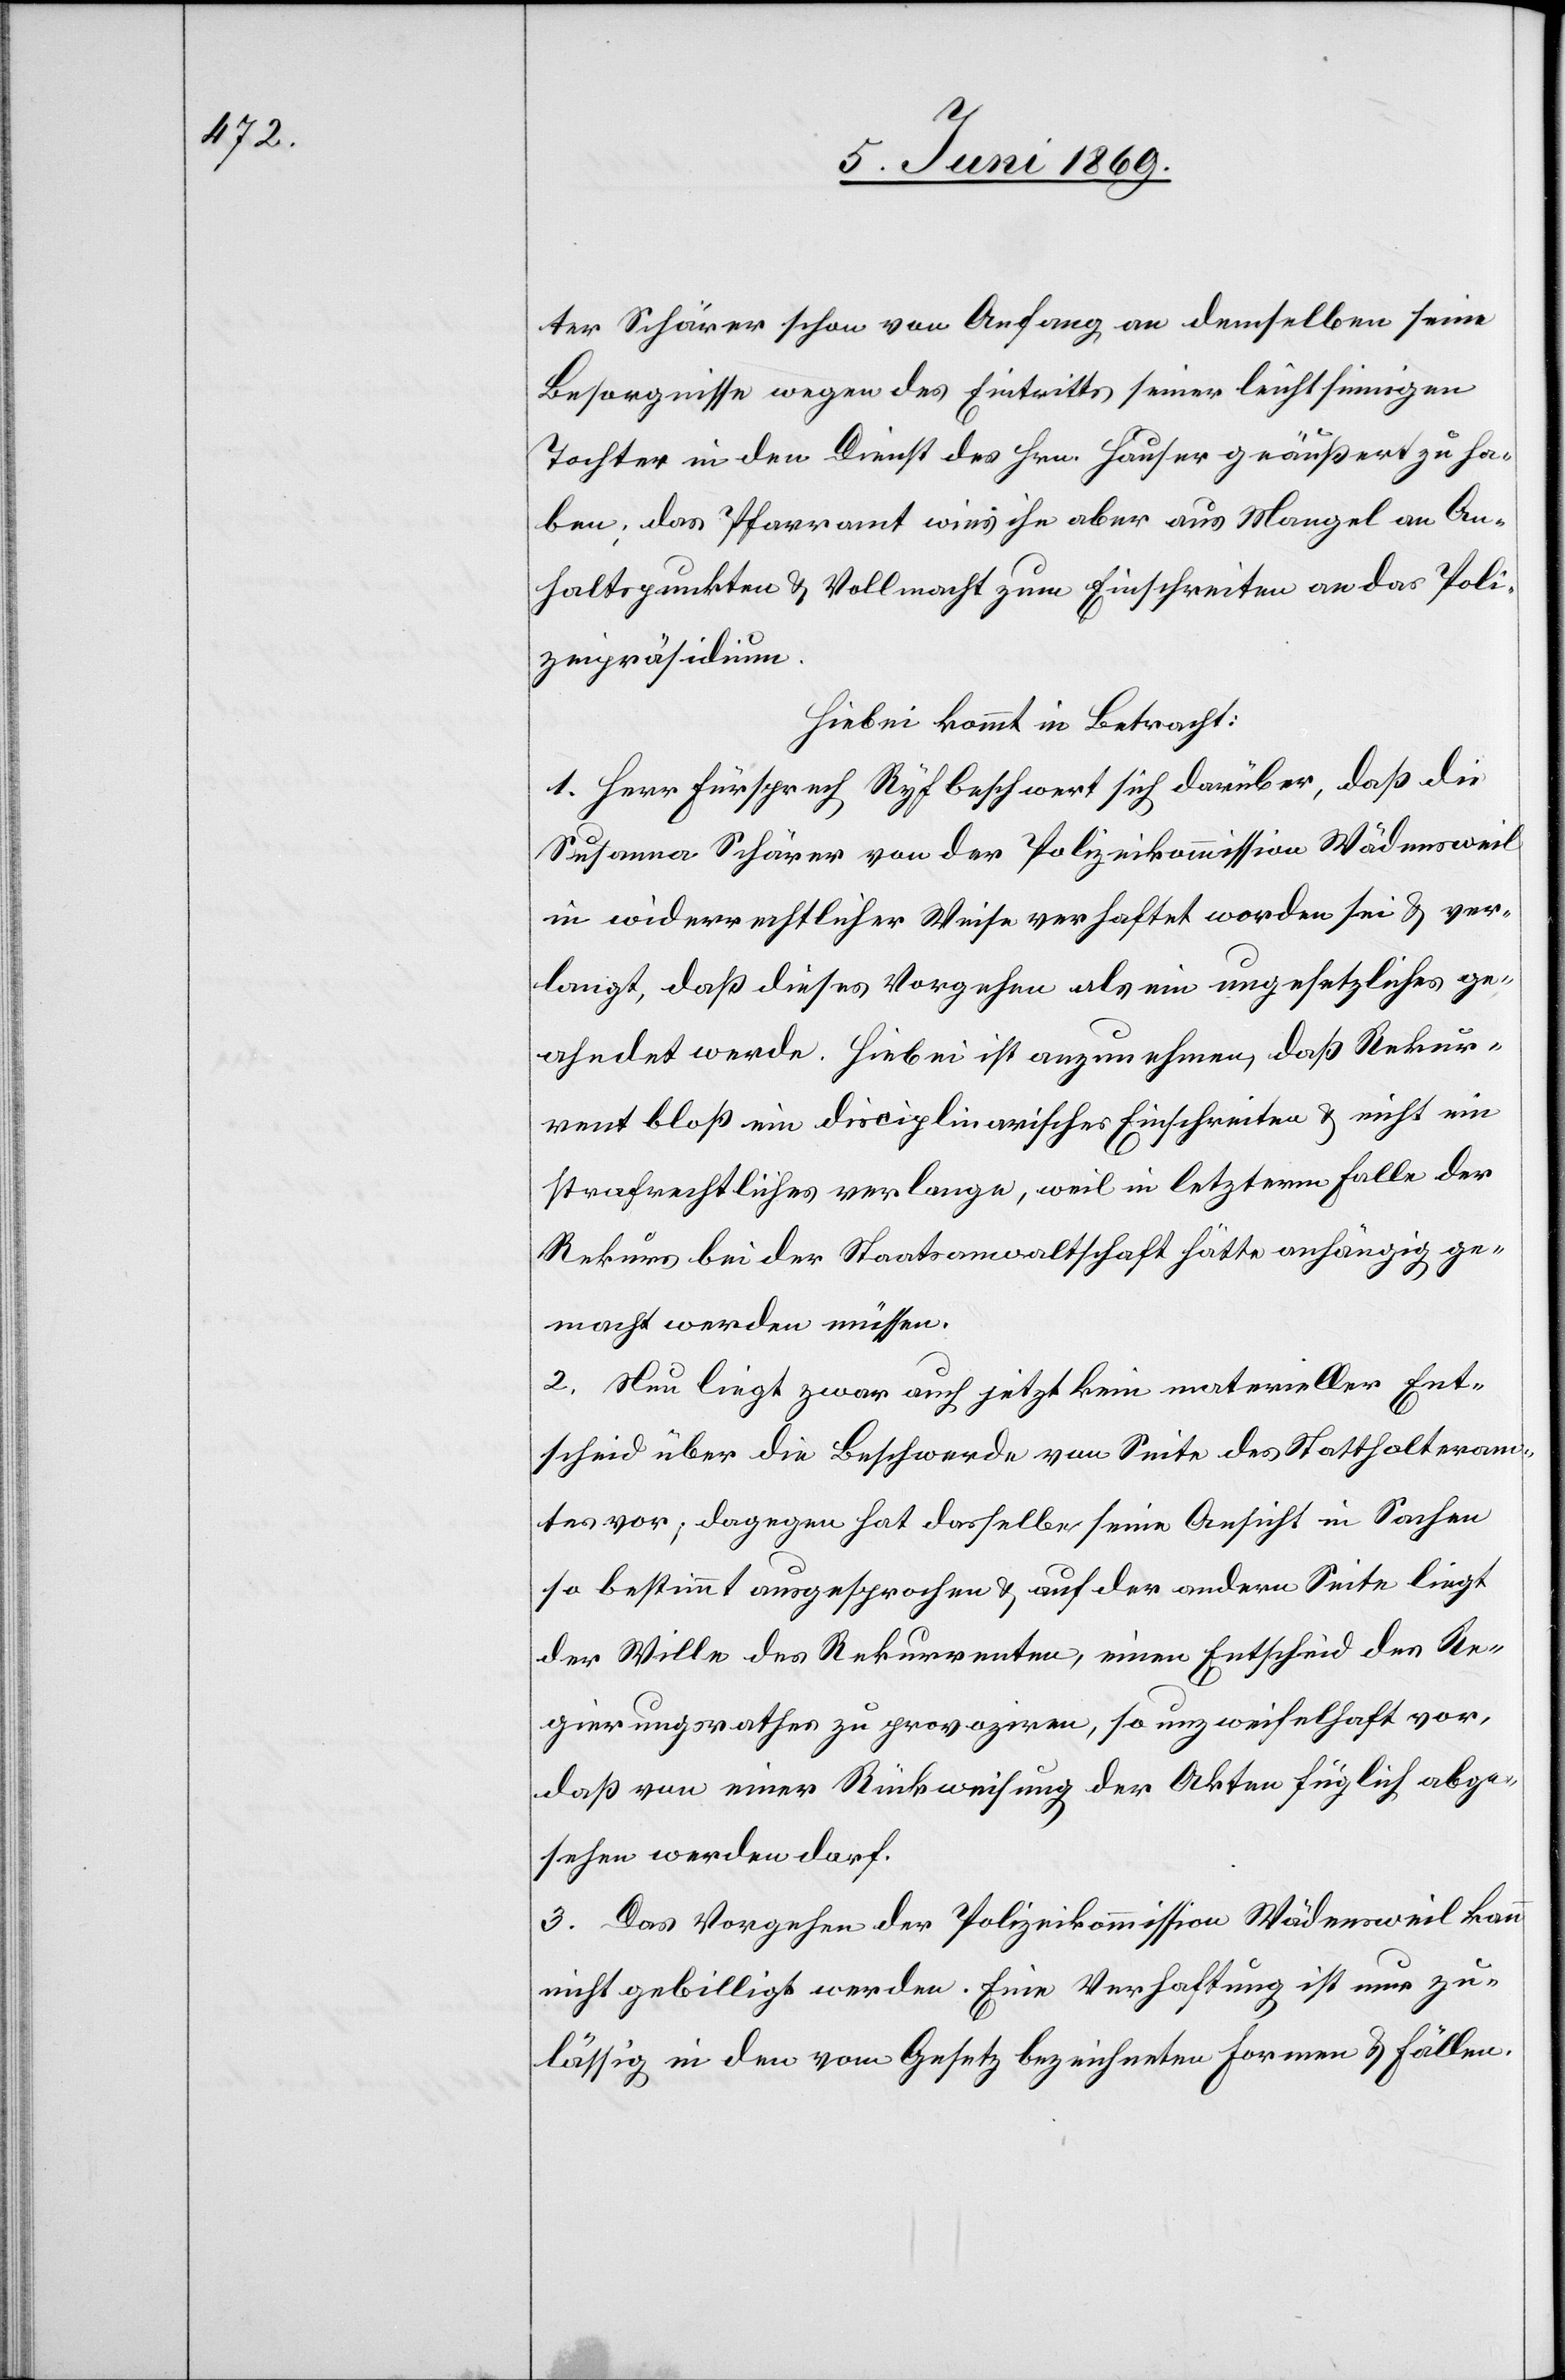
ter Schärer schon von Anfang an demselben seine
Besorgnisse wegen des Eintritts seiner leichtsinnigen
Tochter in den Dienst des Hrn. Hauser geäußert zu ha¬
ben; das Pfarramt wies ihn aber aus Mangel an An¬
haltspunkten u. Vollmacht zum Einschreiten an das Poli¬
zeipräsidium.
Hiebei kommt in Betracht:
1. Herr Fürsprech Ryf beschwert sich darüber, daß die
Susanna Schärer von der Polizeikommission Wädensweil
in widerrechtlicher Weise verhaftet worden sei u. ver¬
langt, daß dieses Vorgehen als ein ungesetzliches ge¬
ahndet werde. Hiebei ist anzunehmen, daß Rekur¬
rent bloß ein disciplinarisches Einschreiten u. nicht ein
strafrechtliches verlange, weil in letzterem Falle der
Rekurs bei der Staatsanwaltschaft hätte anhängig ge¬
macht werden müssen.
2. Neu liegt zwar auch jetzt kein materieller Ent¬
scheid über die Beschwerde von Seite des Statthalteram¬
tes vor; dagegen hat dasselbe seine Ansicht in Sachen
so bestimmt ausgesprochen u. auf der andern Seite liegt
der Wille des Rekurrenten, einen Entscheid des Re¬
gierungsrathes zu provoziren, so unzweifelhaft vor,
daß von einer Rückweisung der Akten füglich abge¬
sehen werden darf.
3. Das Vorgehen der Polizeikommission Wädensweil kann
nicht gebilligt werden. Eine Verhaftung ist nur zu¬
lässig in den vom Gesetz bezeichneten Formen u. Fällen.